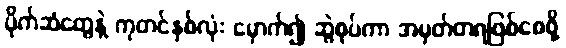
ပိုက်ဆံတွေနဲ့ ကုတင်နှစ်လုံး မှောက်၍ ဆွဲစုပ်ကာ အမှတ်တရဖြစ်စေဖို့